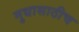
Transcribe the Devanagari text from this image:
मुद्यासाठीच